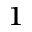
^ { 1 }